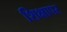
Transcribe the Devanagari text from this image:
शिक्षापर